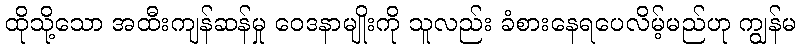
ထိုသို့သော အထီးကျန်ဆန်မှု ဝေဒနာမျိုးကို သူလည်း ခံစားနေရပေလိမ့်မည်ဟု ကျွန်မ